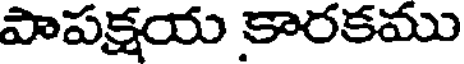
పాపక్షయ కారకము